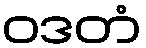
ဝဒတံ